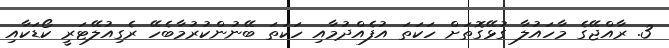
3. ރާއްޖޭގެ މާހައުލާ ގުޅޭގޮތަށް ހަކަތަ އުފެއްދުމާއި ހަކަތަ ބޭނުންކުރުމާބެހޭ ރެގިއުލޭޓަރީ ކޯޑަކާއި